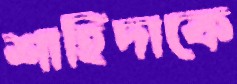
শাহিদাকে